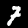
Digit: 7